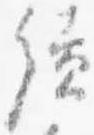
続